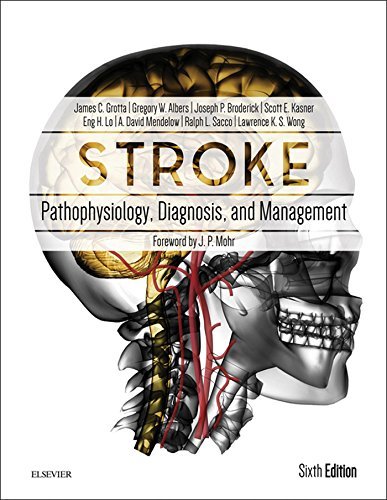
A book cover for Stroke: Pathophysiology, Diagnosis, and Management, 6e; James C. Grotta MD; Medical Books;